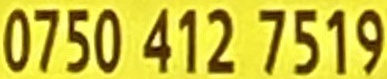
0750 412 7519